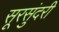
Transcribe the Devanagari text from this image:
सूरसुंदरी